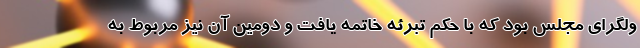
ولگراي مجلس بود كه با حكم تبرئه خاتمه يافت و دومين آن نيز مربوط به